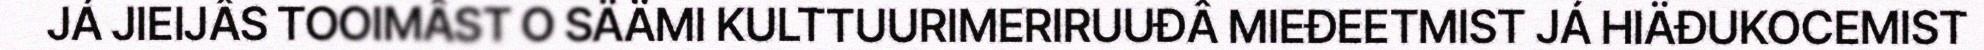
JÁ JIEIJÂS TOOIMÂST O SÄÄMI KULTTUURIMERIRUUĐÂ MIEĐEETMIST JÁ HIÄĐUKOCEMIST